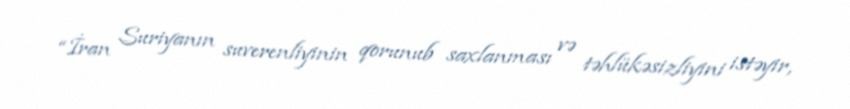
“İran Suriyanın suverenliyinin qorunub saxlanması və təhlükəsizliyini istəyir,